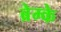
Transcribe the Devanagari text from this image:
ब्रेम्के